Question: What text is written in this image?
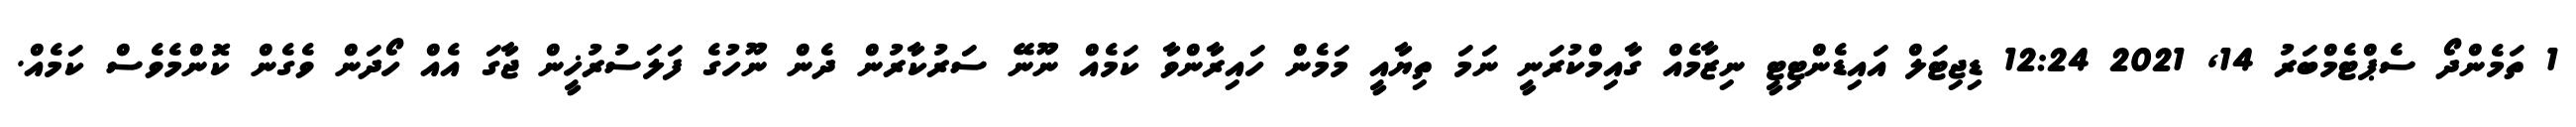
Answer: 1 ތަމެންދޯ ސެޕްޓެމްބަރު 14, 2021 12:24 ޑިޖިޓަލް އައިޑެންޓިޓީ ނިޒާމެއް ގާއިމްކުރަނީ ނަމަ ތިޔާއީ މަމެން ހައިރާންވާ ކަމެއް ނޫނޭ ސަރުކާރުން ދެން ނޫހުގެ ފަލަސުރުޚީން ޖާގަ އެއް ހޯދަން ވެގެން ކޮންމެވެސް ކަމެއް.